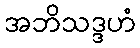
အဘိသဒ္ဒဟံ